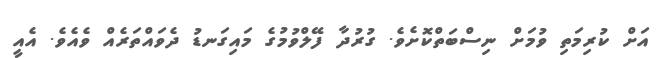
އަށް ކުރިމަތި ވުމަށް ނިސްބަތްކޮށެވެ. ގުރުދާ ފޭލްވުމުގެ މައިގަނޑު ދެވައްތަރެއް ވެއެވެ. އެއީ